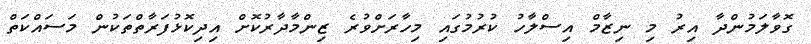
ގޮވާލަމުންދާ އިރު މި ނިޒާމް އިސްލާހު ކުރުމުގައި މިހާރަށްވުރެ ޒިންމާދާރުކޮށް އިދިކޮޅުފަރާތްތަކުން މަސައްކަތް